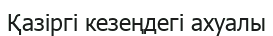
Қазіргі кезеңдегі ахуалы